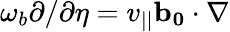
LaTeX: \omega_{b}\partial/\partial\eta=v_{||}\mathbf{b_{0}}\cdot\nabla